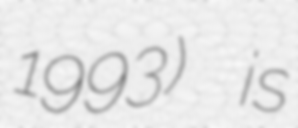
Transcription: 1993) is